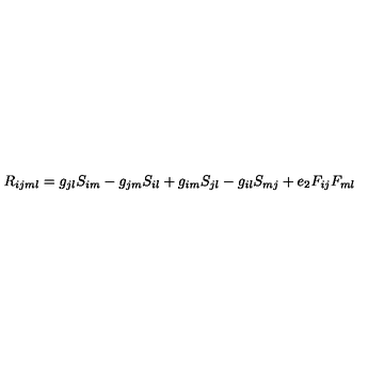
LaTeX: R _ { i j m l } = g _ { j l } S _ { i m } - g _ { j m } S _ { i l } + g _ { i m } S _ { j l } - g _ { i l } S _ { m j } + e _ { 2 } F _ { i j } F _ { m l }